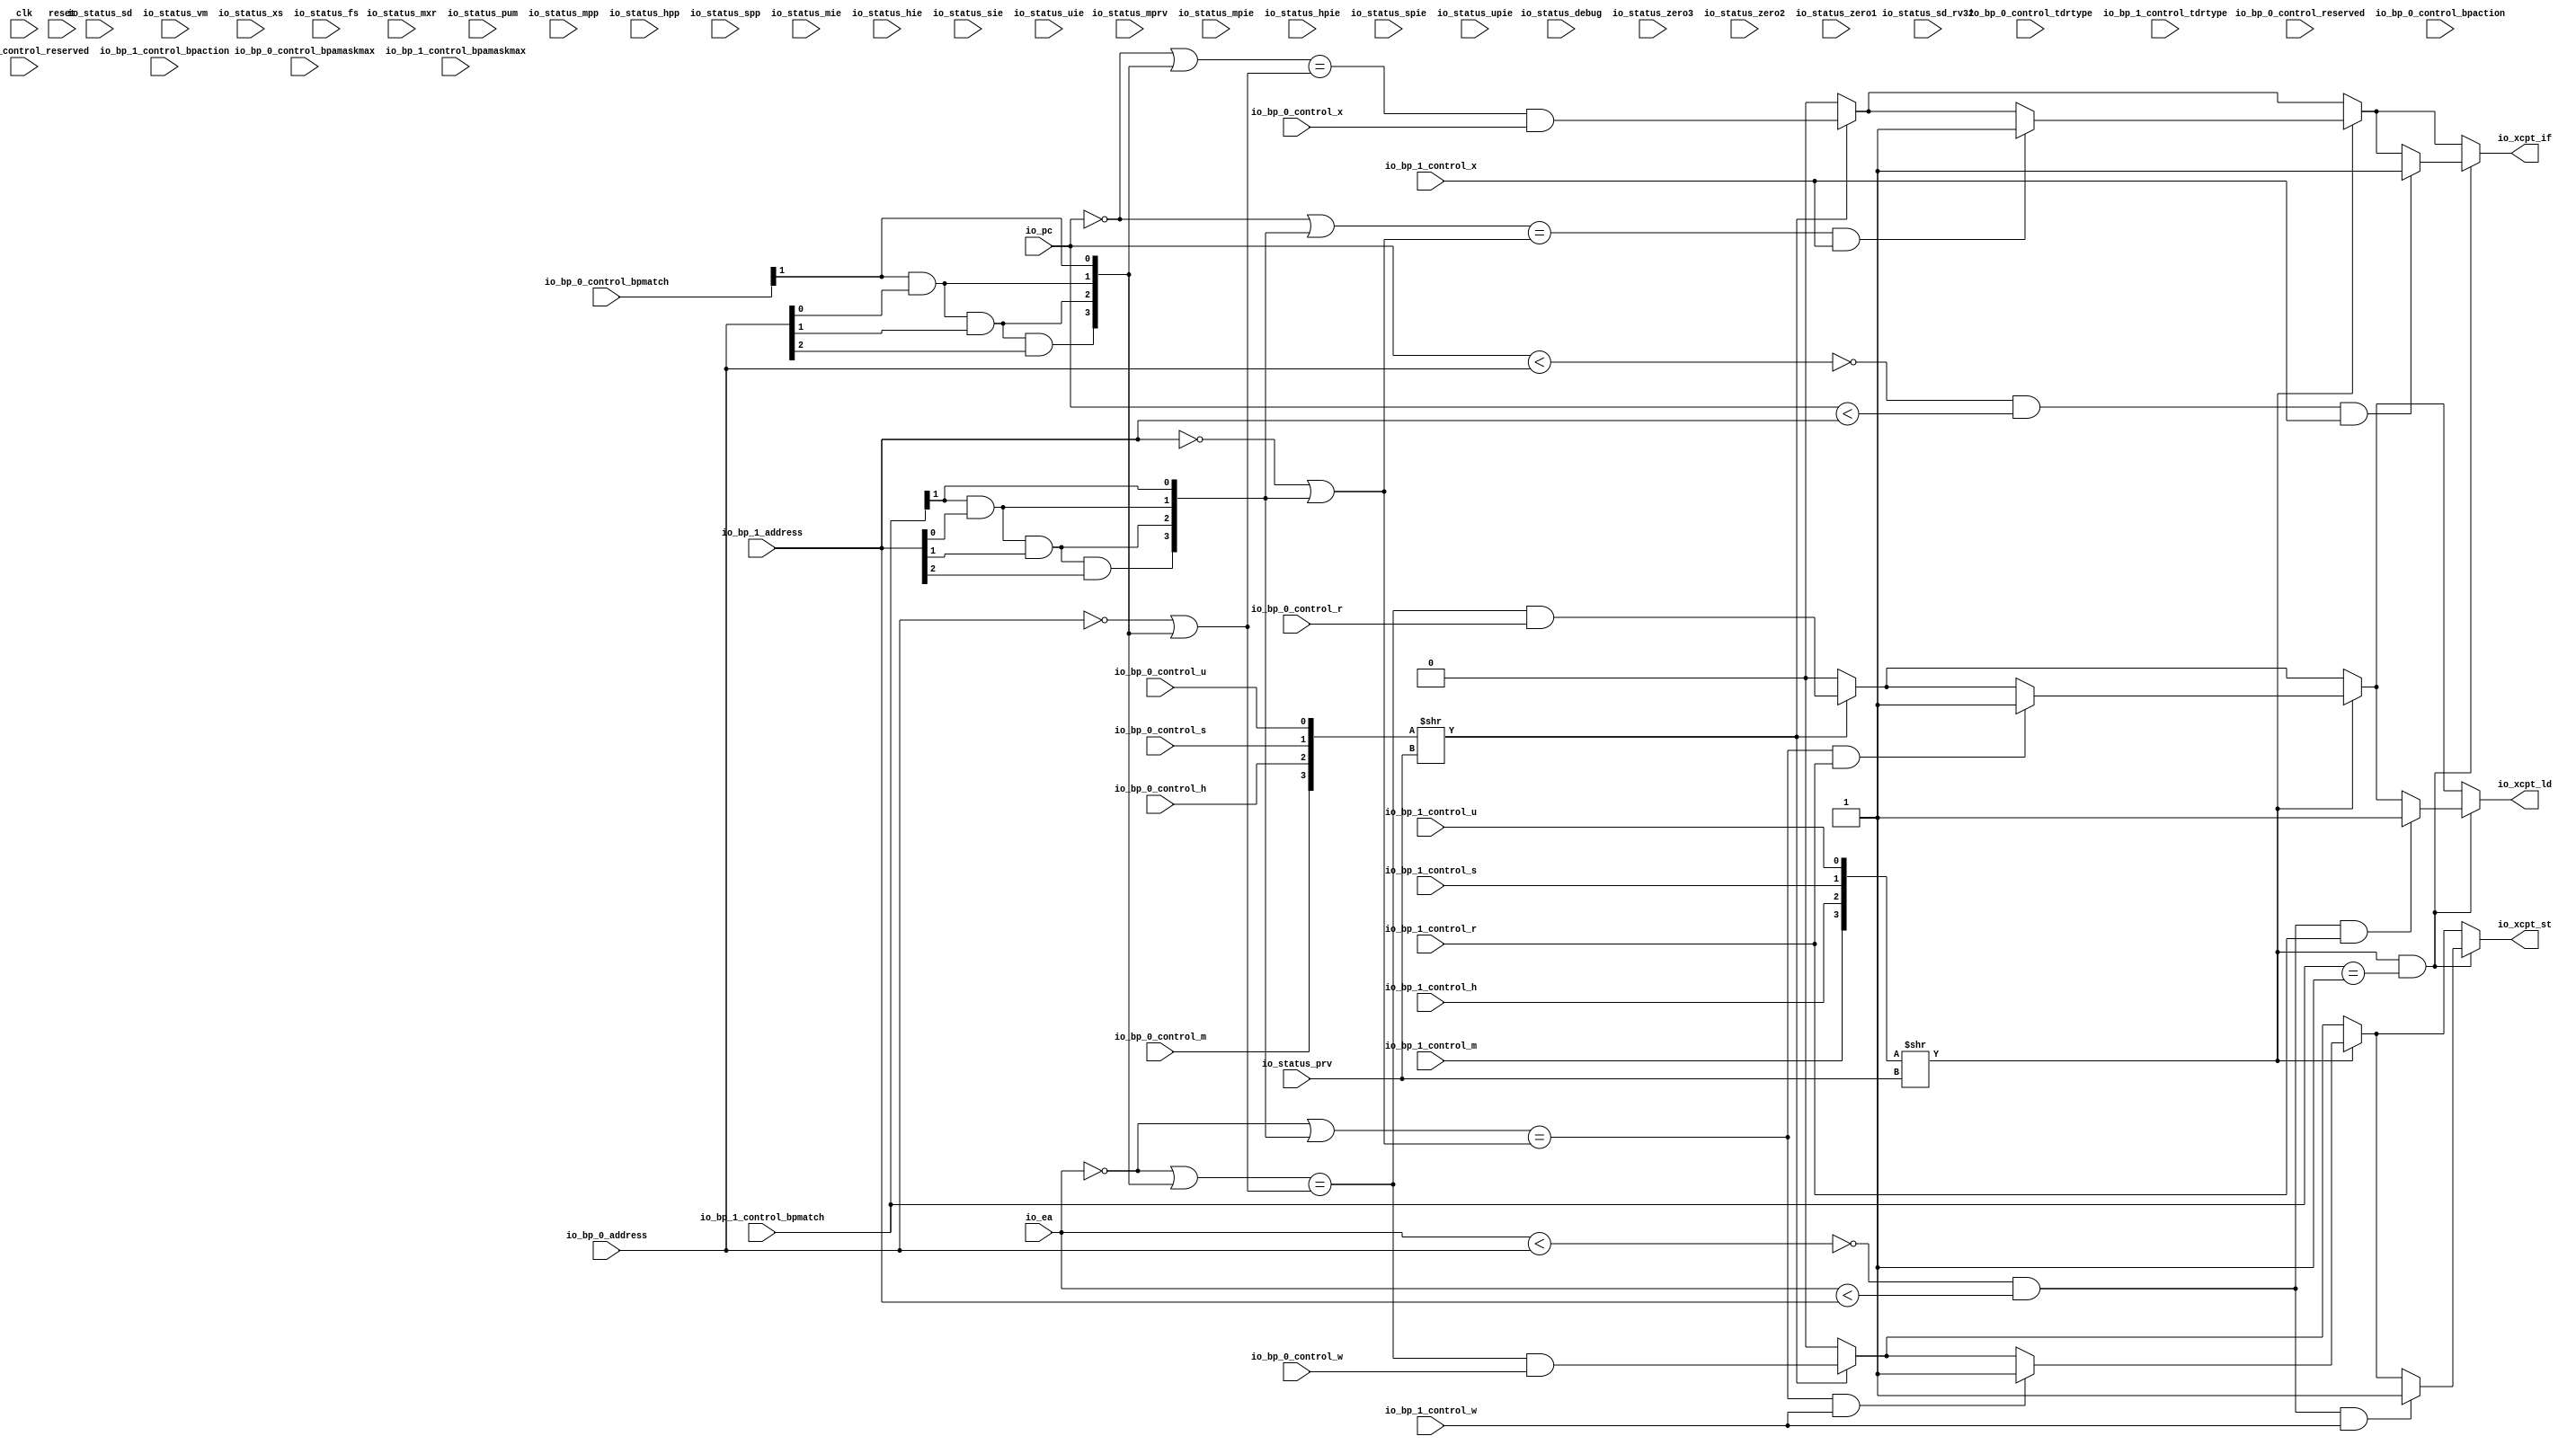
module BreakpointUnit(
  input   clk,
  input   reset,
  input   io_status_debug,
  input  [1:0] io_status_prv,
  input   io_status_sd,
  input  [30:0] io_status_zero3,
  input   io_status_sd_rv32,
  input  [1:0] io_status_zero2,
  input  [4:0] io_status_vm,
  input  [3:0] io_status_zero1,
  input   io_status_mxr,
  input   io_status_pum,
  input   io_status_mprv,
  input  [1:0] io_status_xs,
  input  [1:0] io_status_fs,
  input  [1:0] io_status_mpp,
  input  [1:0] io_status_hpp,
  input   io_status_spp,
  input   io_status_mpie,
  input   io_status_hpie,
  input   io_status_spie,
  input   io_status_upie,
  input   io_status_mie,
  input   io_status_hie,
  input   io_status_sie,
  input   io_status_uie,
  input  [3:0] io_bp_0_control_tdrtype,
  input  [4:0] io_bp_0_control_bpamaskmax,
  input  [3:0] io_bp_0_control_reserved,
  input  [7:0] io_bp_0_control_bpaction,
  input  [3:0] io_bp_0_control_bpmatch,
  input   io_bp_0_control_m,
  input   io_bp_0_control_h,
  input   io_bp_0_control_s,
  input   io_bp_0_control_u,
  input   io_bp_0_control_r,
  input   io_bp_0_control_w,
  input   io_bp_0_control_x,
  input  [31:0] io_bp_0_address,
  input  [3:0] io_bp_1_control_tdrtype,
  input  [4:0] io_bp_1_control_bpamaskmax,
  input  [3:0] io_bp_1_control_reserved,
  input  [7:0] io_bp_1_control_bpaction,
  input  [3:0] io_bp_1_control_bpmatch,
  input   io_bp_1_control_m,
  input   io_bp_1_control_h,
  input   io_bp_1_control_s,
  input   io_bp_1_control_u,
  input   io_bp_1_control_r,
  input   io_bp_1_control_w,
  input   io_bp_1_control_x,
  input  [31:0] io_bp_1_address,
  input  [31:0] io_pc,
  input  [31:0] io_ea,
  output  io_xcpt_if,
  output  io_xcpt_ld,
  output  io_xcpt_st
);
  wire [1:0] T_206;
  wire [1:0] T_207;
  wire [3:0] T_208;
  wire [3:0] T_209;
  wire  T_210;
  wire [31:0] T_211;
  wire  T_212;
  wire  T_214;
  wire  T_215;
  wire [1:0] T_216;
  wire  T_217;
  wire  T_218;
  wire  T_219;
  wire [2:0] T_220;
  wire  T_221;
  wire  T_222;
  wire  T_223;
  wire [3:0] T_224;
  wire [31:0] GEN_18;
  wire [31:0] T_225;
  wire [31:0] T_226;
  wire [31:0] T_240;
  wire  T_241;
  wire  T_242;
  wire [31:0] T_244;
  wire [31:0] T_258;
  wire  T_274;
  wire  T_275;
  wire  T_308;
  wire  GEN_3;
  wire  GEN_4;
  wire  GEN_5;
  wire [1:0] T_310;
  wire [1:0] T_311;
  wire [3:0] T_312;
  wire [3:0] T_313;
  wire  T_314;
  wire  T_316;
  wire  T_318;
  wire  T_319;
  wire [1:0] T_320;
  wire  T_321;
  wire  T_322;
  wire  T_323;
  wire [2:0] T_324;
  wire  T_325;
  wire  T_326;
  wire  T_327;
  wire [3:0] T_328;
  wire [31:0] GEN_24;
  wire [31:0] T_329;
  wire [31:0] T_330;
  wire [31:0] T_344;
  wire  T_345;
  wire  T_346;
  wire  GEN_6;
  wire [31:0] T_362;
  wire  T_378;
  wire  T_379;
  wire  GEN_7;
  wire  T_412;
  wire  GEN_8;
  wire  GEN_9;
  wire  GEN_10;
  wire  GEN_11;
  wire  T_420;
  wire  T_421;
  wire  T_422;
  wire  T_424;
  wire  T_425;
  wire  T_426;
  wire  T_427;
  wire  GEN_12;
  wire  T_429;
  wire  T_431;
  wire  T_432;
  wire  T_433;
  wire  T_434;
  wire  GEN_13;
  wire  T_441;
  wire  GEN_14;
  wire  GEN_15;
  wire  GEN_16;
  wire  GEN_17;
  assign io_xcpt_if = GEN_15;
  assign io_xcpt_ld = GEN_16;
  assign io_xcpt_st = GEN_17;
  assign T_206 = {io_bp_0_control_s,io_bp_0_control_u};
  assign T_207 = {io_bp_0_control_m,io_bp_0_control_h};
  assign T_208 = {T_207,T_206};
  assign T_209 = T_208 >> io_status_prv;
  assign T_210 = T_209[0];
  assign T_211 = ~ io_pc;
  assign T_212 = io_bp_0_control_bpmatch[1];
  assign T_214 = io_bp_0_address[0];
  assign T_215 = T_212 & T_214;
  assign T_216 = {T_215,T_212};
  assign T_217 = T_216[1];
  assign T_218 = io_bp_0_address[1];
  assign T_219 = T_217 & T_218;
  assign T_220 = {T_219,T_216};
  assign T_221 = T_220[2];
  assign T_222 = io_bp_0_address[2];
  assign T_223 = T_221 & T_222;
  assign T_224 = {T_223,T_220};
  assign GEN_18 = {{28'd0}, T_224};
  assign T_225 = T_211 | GEN_18;
  assign T_226 = ~ io_bp_0_address;
  assign T_240 = T_226 | GEN_18;
  assign T_241 = T_225 == T_240;
  assign T_242 = T_241 & io_bp_0_control_x;
  assign T_244 = ~ io_ea;
  assign T_258 = T_244 | GEN_18;
  assign T_274 = T_258 == T_240;
  assign T_275 = T_274 & io_bp_0_control_r;
  assign T_308 = T_274 & io_bp_0_control_w;
  assign GEN_3 = T_210 ? T_242 : 1'h0;
  assign GEN_4 = T_210 ? T_275 : 1'h0;
  assign GEN_5 = T_210 ? T_308 : 1'h0;
  assign T_310 = {io_bp_1_control_s,io_bp_1_control_u};
  assign T_311 = {io_bp_1_control_m,io_bp_1_control_h};
  assign T_312 = {T_311,T_310};
  assign T_313 = T_312 >> io_status_prv;
  assign T_314 = T_313[0];
  assign T_316 = io_bp_1_control_bpmatch[1];
  assign T_318 = io_bp_1_address[0];
  assign T_319 = T_316 & T_318;
  assign T_320 = {T_319,T_316};
  assign T_321 = T_320[1];
  assign T_322 = io_bp_1_address[1];
  assign T_323 = T_321 & T_322;
  assign T_324 = {T_323,T_320};
  assign T_325 = T_324[2];
  assign T_326 = io_bp_1_address[2];
  assign T_327 = T_325 & T_326;
  assign T_328 = {T_327,T_324};
  assign GEN_24 = {{28'd0}, T_328};
  assign T_329 = T_211 | GEN_24;
  assign T_330 = ~ io_bp_1_address;
  assign T_344 = T_330 | GEN_24;
  assign T_345 = T_329 == T_344;
  assign T_346 = T_345 & io_bp_1_control_x;
  assign GEN_6 = T_346 ? 1'h1 : GEN_3;
  assign T_362 = T_244 | GEN_24;
  assign T_378 = T_362 == T_344;
  assign T_379 = T_378 & io_bp_1_control_r;
  assign GEN_7 = T_379 ? 1'h1 : GEN_4;
  assign T_412 = T_378 & io_bp_1_control_w;
  assign GEN_8 = T_412 ? 1'h1 : GEN_5;
  assign GEN_9 = T_314 ? GEN_6 : GEN_3;
  assign GEN_10 = T_314 ? GEN_7 : GEN_4;
  assign GEN_11 = T_314 ? GEN_8 : GEN_5;
  assign T_420 = io_bp_1_control_bpmatch == 4'h1;
  assign T_421 = T_314 & T_420;
  assign T_422 = io_pc < io_bp_0_address;
  assign T_424 = T_422 == 1'h0;
  assign T_425 = io_pc < io_bp_1_address;
  assign T_426 = T_424 & T_425;
  assign T_427 = T_426 & io_bp_1_control_x;
  assign GEN_12 = T_427 ? 1'h1 : GEN_9;
  assign T_429 = io_ea < io_bp_0_address;
  assign T_431 = T_429 == 1'h0;
  assign T_432 = io_ea < io_bp_1_address;
  assign T_433 = T_431 & T_432;
  assign T_434 = T_433 & io_bp_1_control_r;
  assign GEN_13 = T_434 ? 1'h1 : GEN_10;
  assign T_441 = T_433 & io_bp_1_control_w;
  assign GEN_14 = T_441 ? 1'h1 : GEN_11;
  assign GEN_15 = T_421 ? GEN_12 : GEN_9;
  assign GEN_16 = T_421 ? GEN_13 : GEN_10;
  assign GEN_17 = T_421 ? GEN_14 : GEN_11;
endmodule